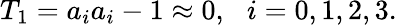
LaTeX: T_{1}=a_{i}a_{i}-1\approx 0,\, \, \, \, i=0,1,2,3.